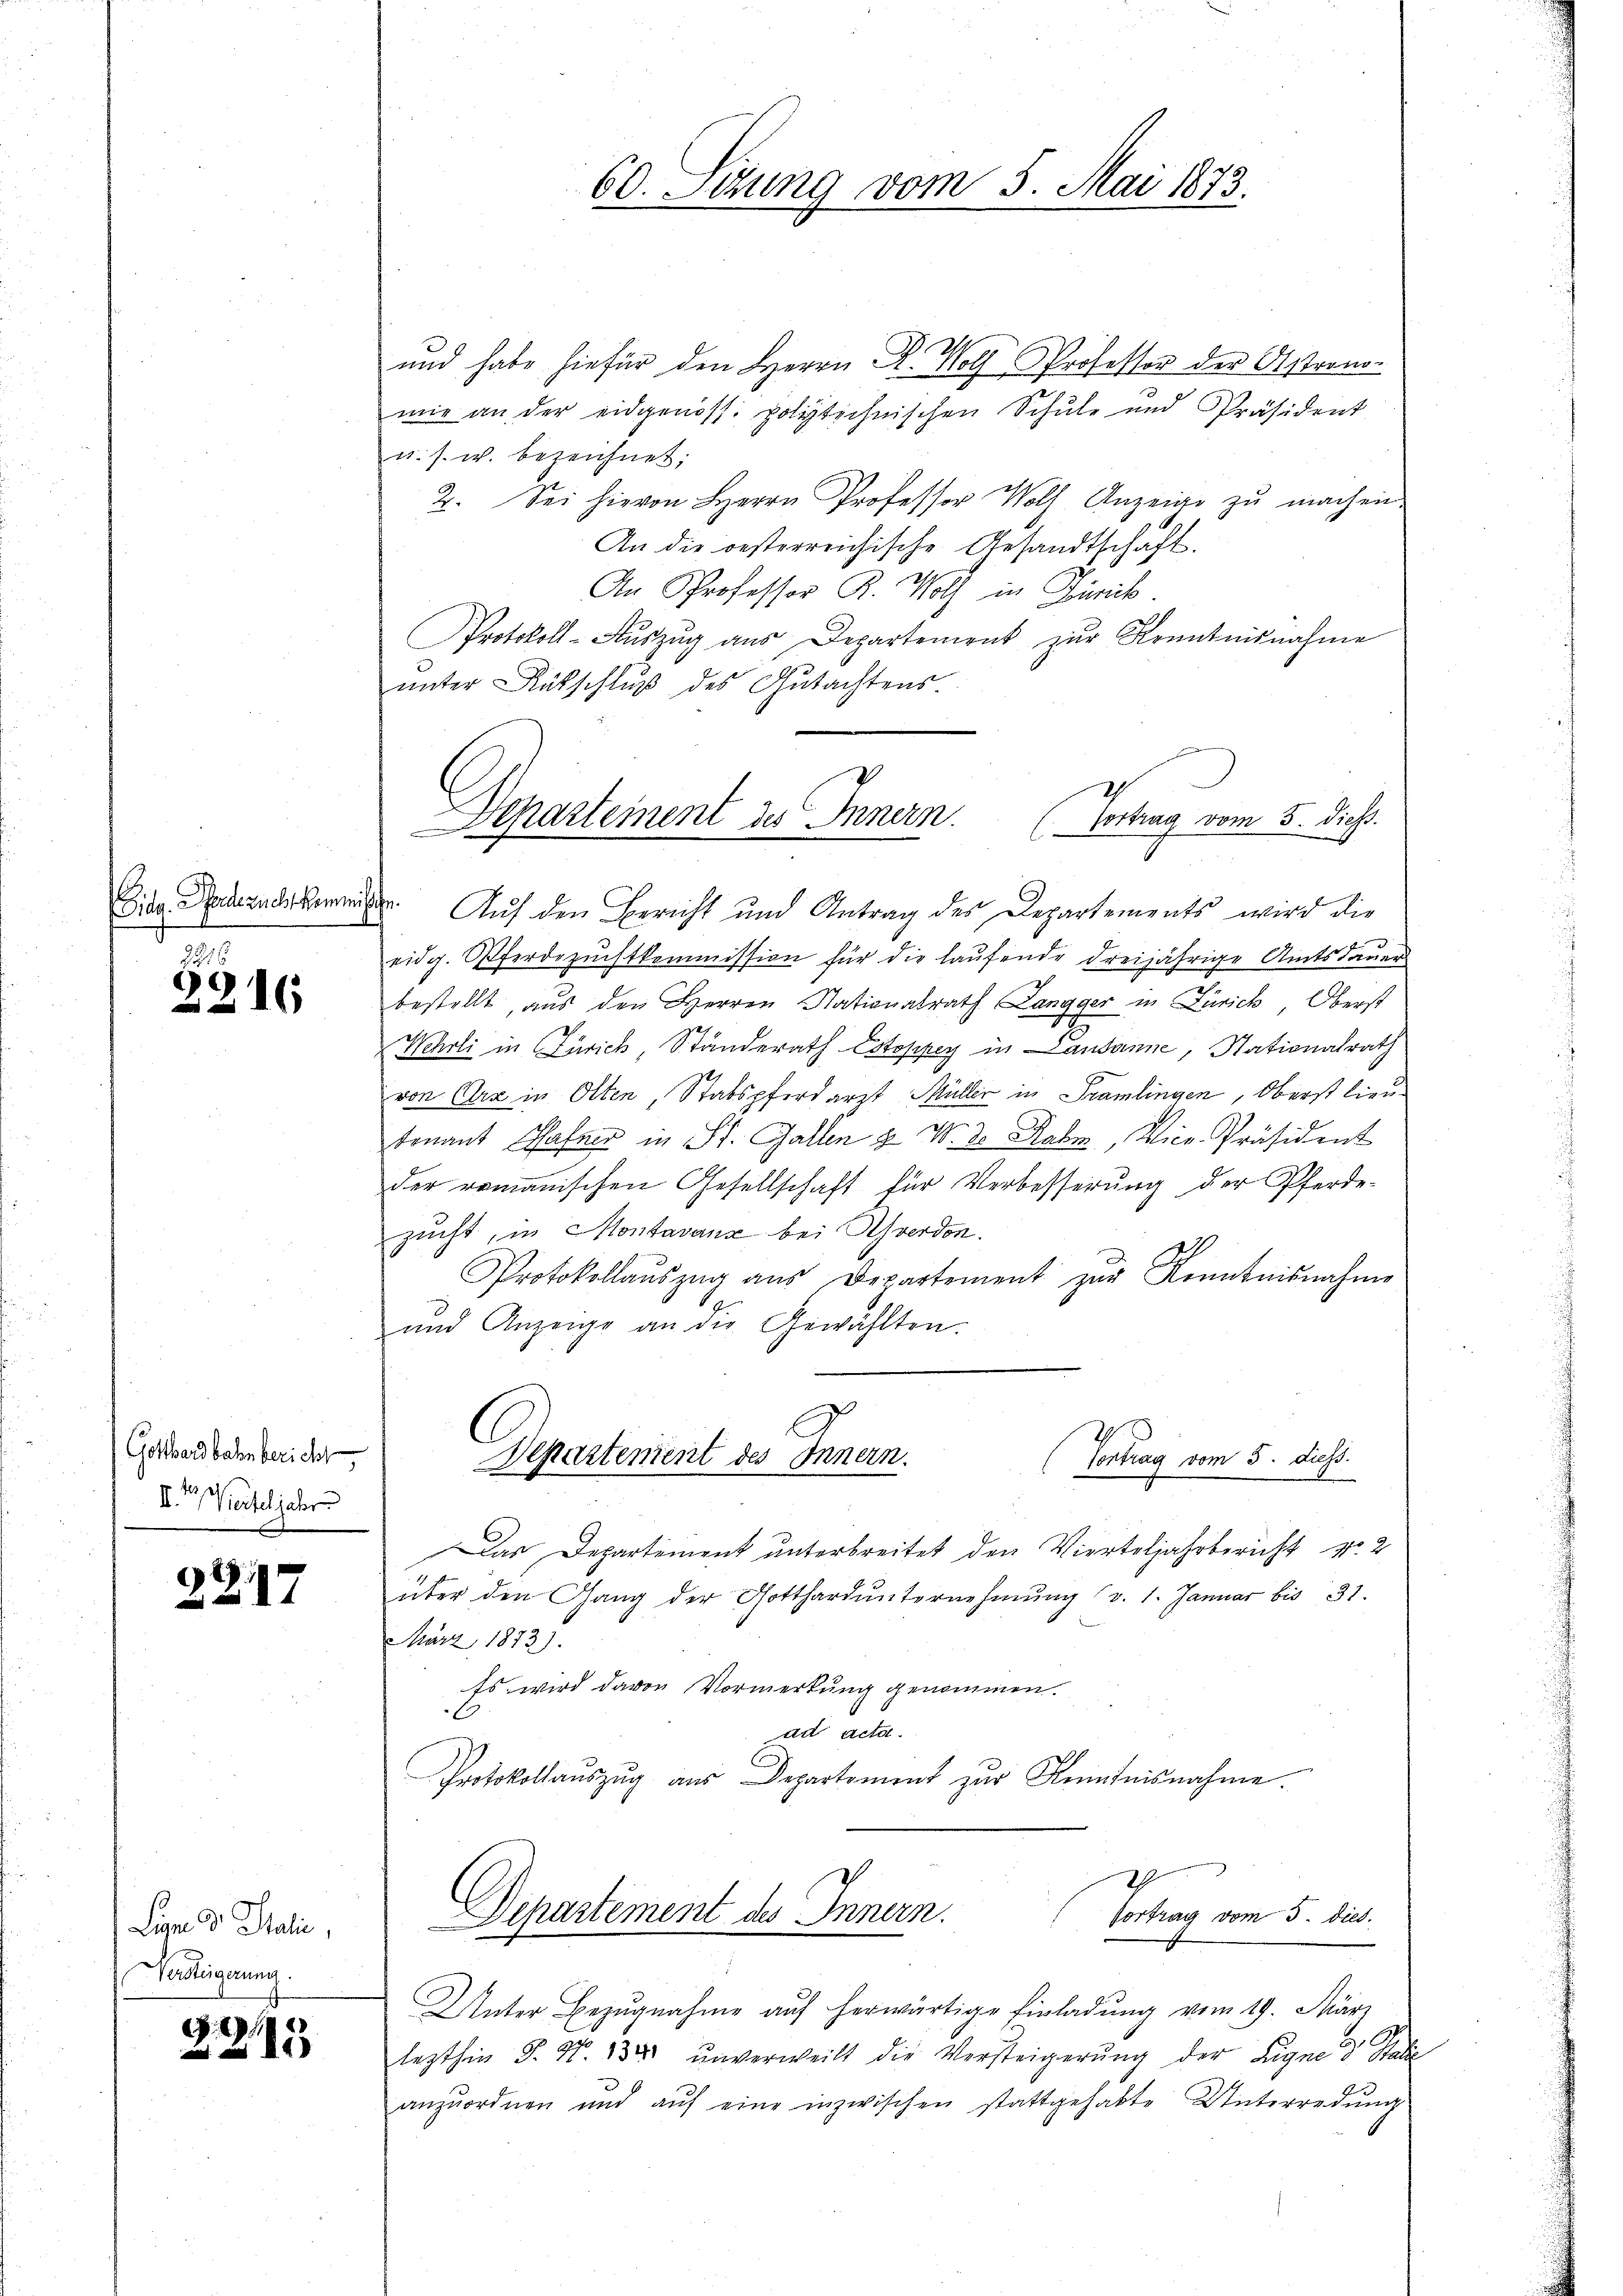
Eidg. Pferdezucht kommis

216
2216

Gotthardbahn bericht
II. Vierteljahre

2217

Leni d. Stadlin,
Versteigerung.

22115

und habe hiefür den Herrn K. Wolf Professor der Astrono-
mie an der eidgenöss. polytechnischen Schule und Präsident
u. s. w. bezeichnet;
2. Sei hievon Herrn Professor Wolf Anzeige zŭ machen.
An die oesterreichische Gesandtschaft.
An Professor K. Wolf in Zürich.
Protokoll-Aŭszŭg aŭs Departement zŭr Kenntnisnahme
unter Rückschluß des Gutachtens
eidg. Pferdezuchtkommission für die laufende dreijährige Amtsdauer
bestellt, aus den Herren Nationalrath Langger in Zürich, Oberst
Wehrli in Zürich Ständerath Estoppey in Lausanne, Nationalrath
von Erz in Olten, Stabspferdarzt Müller in Tramlingen, Oberst lieutenant Chafen in St. Gallen & W. d. Rabe, Vice-Präsident
der romanischen Gesellschaft für Verbesserŭng der Pferde-
zucht, in Montavanz bei Ahverdon.
Protokollaŭszŭg aŭs Departement zŭr Kenntnisnahme
und Anzeige an die Gewählten.
E

60. Setzung vom 5. Mai 1873.

Departement des Innern.
Vortrag vom 5. Diess.
e. Auf den Bericht und Antrag des Departements wird die

Departendent des Innern.
Centrag vom 5. diess.

Das Departement unterbreitet den Vierteljahrbericht No. 2
über den Gang der Gotthard unternehmung (v. 1. Januar bis 31.
März 1873.
Es wird davon Vormerkung genommen.
ad acta.
Protokollaŭszŭg aŭs Departoment zŭr Kenntnisnahme.
Vortrag vom 5. Dieb.
Departement des Innern.
Unter Bezŭgnahme aŭf herwärtige Einladŭng vom 19. März
lezthin §. N. 138 unverweilt die Versteigerŭng der Eigne dr Stat
anzuordnen und aŭf eine inzwischen stattgehabte Unterredung